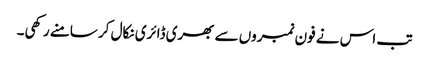
تب اس نے فون نمبروں سے بھری ڈائری نکال کر سامنے رکھی۔